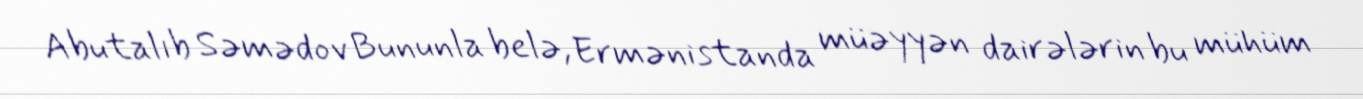
Abutalıb Səmədov Bununla belə, Ermənistanda müəyyən dairələrin bu mühüm